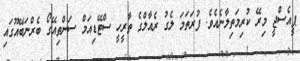
ޕީއެސްޖީ މިރޭ ކުރިމަތިލާނެއެވެ. ފުރަތަމަ ލެގު ރެއާލްގެ ތާރީހީ ސްޓޭޑިއަމް ސަންތިއޭގޯ ބެރްނަބޭއޫގައި